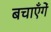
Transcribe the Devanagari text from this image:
बचाएँगें